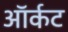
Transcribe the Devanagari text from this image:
ऑर्कट